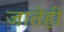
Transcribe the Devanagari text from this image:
जातेही